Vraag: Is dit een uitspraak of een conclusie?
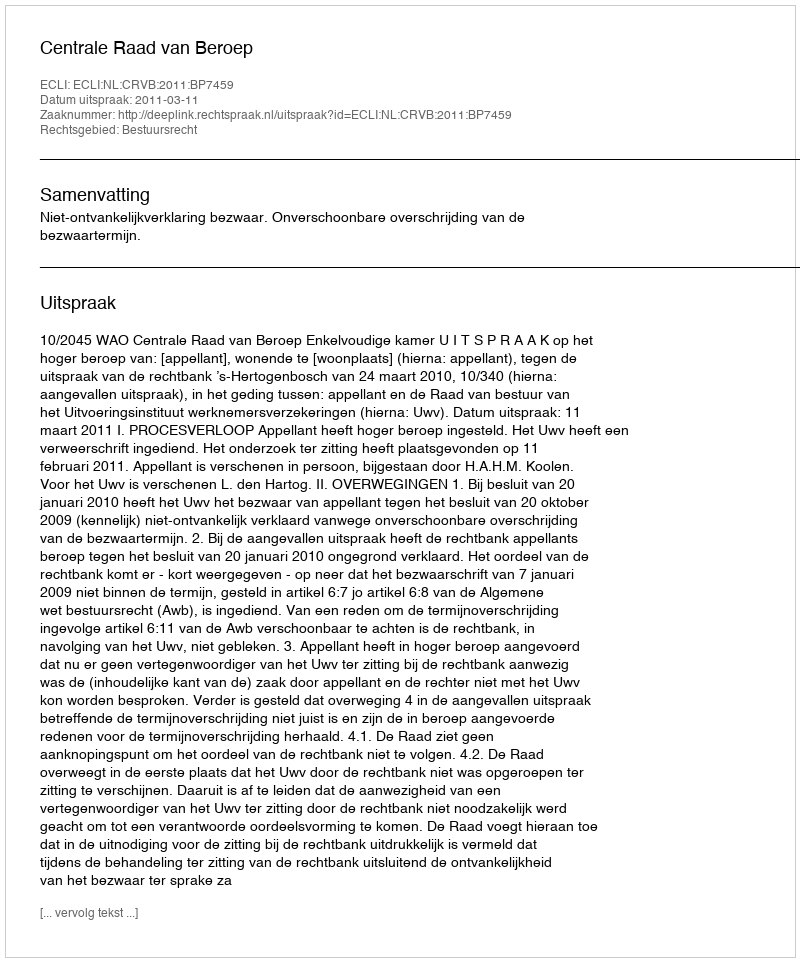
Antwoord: Uitspraak